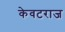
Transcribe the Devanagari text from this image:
केवटराज